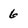
Character: 6